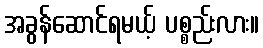
အခွန်ဆောင်ရမယ့် ပစ္စည်းလား။